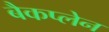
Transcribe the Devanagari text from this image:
बैकप्लेन